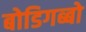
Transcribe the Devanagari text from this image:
बोडिगब्बो